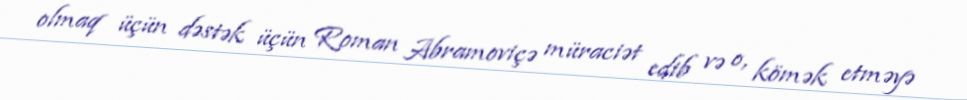
olmaq üçün dəstək üçün Roman Abramoviçə müraciət edib və o, kömək etməyə